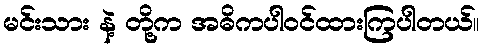
မင်းသား နဲ့ တို့က အဓိကပါဝင်ထားကြပါတယ်။